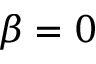
\beta = 0